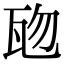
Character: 𤬱